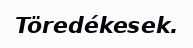
Töredékesek.